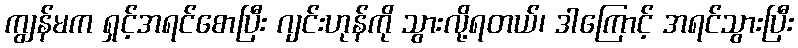
ကျွန်မက ရှင့်အရင်စောပြီး ဂျင်းဟုန်ကို သွားလို့ရတယ်၊ ဒါကြောင့် အရင်သွားပြီး